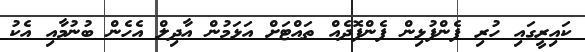
ކައިރީގައި ހުރި ފެންފުޅިން ފެންފޮދެއް ތައްޓަށް އަޅަމުން އާދިލް އެހެން ބުނުމާއި އެކު